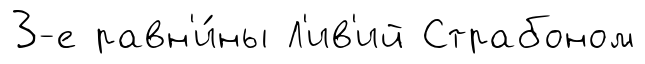
3-е равн'и́ны Л'ив'ий Страбоном